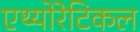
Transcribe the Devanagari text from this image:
एथ्योरेटिकल